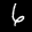
Label: 6